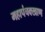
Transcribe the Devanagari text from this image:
महापंचक्खाण